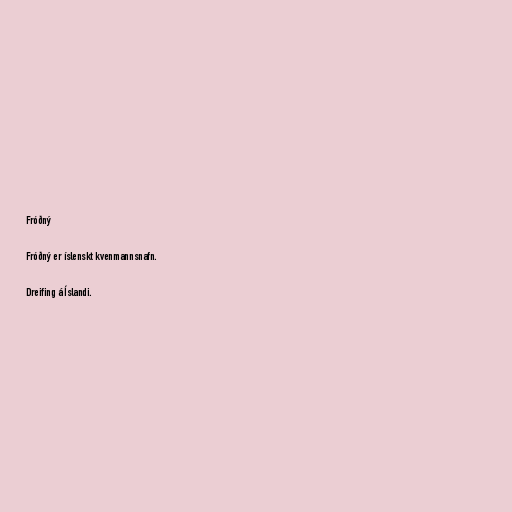
Fróðný

Fróðný er íslenskt kvenmannsnafn.

Dreifing á Íslandi.